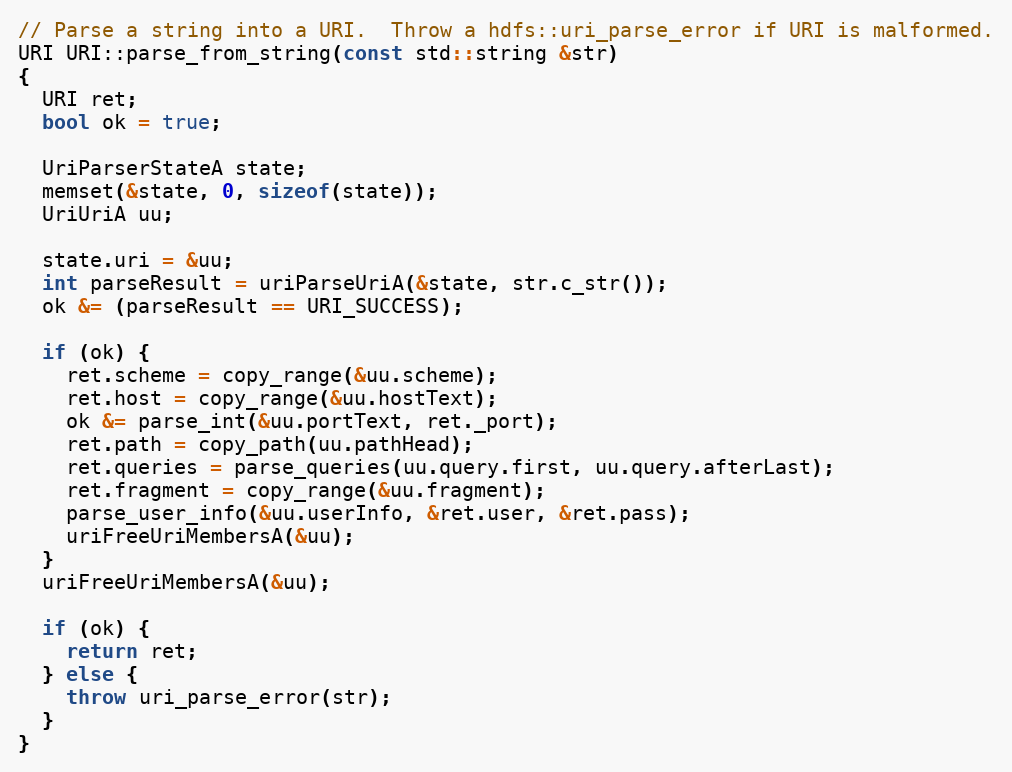
Language: C++
// Parse a string into a URI.  Throw a hdfs::uri_parse_error if URI is malformed.
URI URI::parse_from_string(const std::string &str)
{
  URI ret;
  bool ok = true;

  UriParserStateA state;
  memset(&state, 0, sizeof(state));
  UriUriA uu;

  state.uri = &uu;
  int parseResult = uriParseUriA(&state, str.c_str());
  ok &= (parseResult == URI_SUCCESS);

  if (ok) {
    ret.scheme = copy_range(&uu.scheme);
    ret.host = copy_range(&uu.hostText);
    ok &= parse_int(&uu.portText, ret._port);
    ret.path = copy_path(uu.pathHead);
    ret.queries = parse_queries(uu.query.first, uu.query.afterLast);
    ret.fragment = copy_range(&uu.fragment);
    parse_user_info(&uu.userInfo, &ret.user, &ret.pass);
    uriFreeUriMembersA(&uu);
  }
  uriFreeUriMembersA(&uu);

  if (ok) {
    return ret;
  } else {
    throw uri_parse_error(str);
  }
}